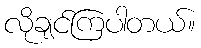
လိုချင်ကြပါတယ်။